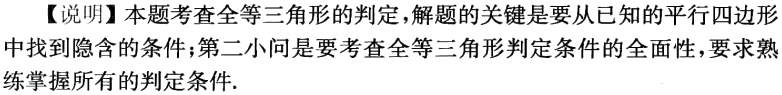
【说明】本题考查全等三角形的判定，解题的关键是要从已知的平行四边形中找到隐含的条件；第二小问是要考查全等三角形判定条件的全面性，要求熟练掌握所有的判定条件.